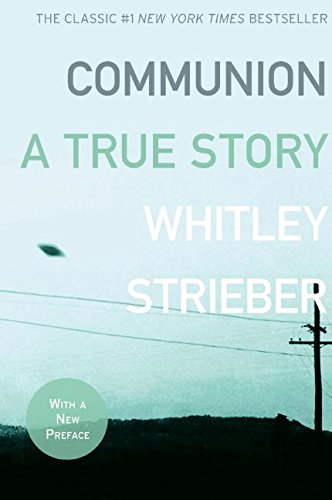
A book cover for Communion: A True Story; Whitley Strieber; Science & Math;